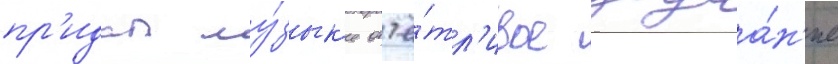
пр'идал му́зык'е отчё́тл'ивое звуча́н'ие